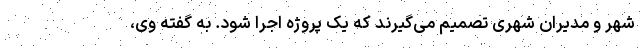
شهر و مدیران شهری تصمیم می‌گیرند که یک پروژه اجرا شود. به گفته وی،